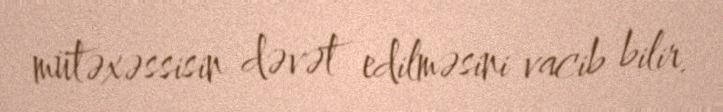
mütəxəssisin dəvət edilməsini vacib bilir.